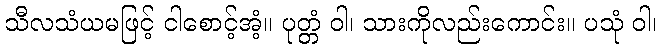
သီလသံယမဖြင့် ငါစောင့်အံ့။ ပုတ္တံ ဝါ၊ သားကိုလည်းကောင်း။ ပသုံ ဝါ၊